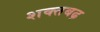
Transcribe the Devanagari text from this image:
शक्तबढ़